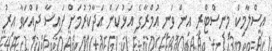
އިސްލާމިކް މިނިސްޓްރީ އިން ވަނީ އުމްރާގެ އަޅުކަން އަދާކުރުމަށް ފައިސާ ދައްކަވާ އިރު